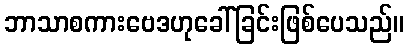
ဘာသာစကားဗေဒဟုခေါ်ခြင်းဖြစ်ပေသည်။